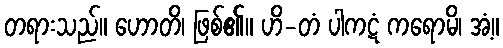
တရားသည်။ ဟောတိ၊ ဖြစ်၏။ ဟိ-တံ ပါကဋံ ကရောမိ၊ အံ့။